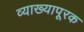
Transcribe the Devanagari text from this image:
व्याख्यापूरक